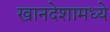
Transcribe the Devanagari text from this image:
खानदेशामध्ये